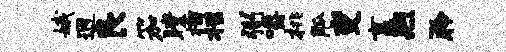
娥迥良笳瞠榴柩弼嚼桃觚变畜煦聆